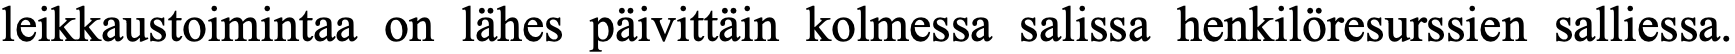
leikkaustoimintaa on lähes päivittäin kolmessa salissa henkilöresurssien salliessa.